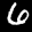
Label: 6